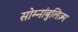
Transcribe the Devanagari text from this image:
सोम्नांबुलिज़्म